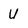
Character: u